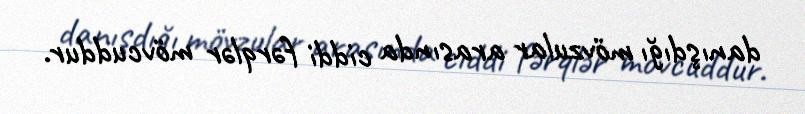
danışdığı mövzular arasında ciddi fərqlər mövcuddur.